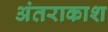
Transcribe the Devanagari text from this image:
अंतराकाश